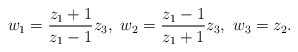
\begin{align*}w_1=\frac{z_1+1}{z_1-1}z_3,\ w_2=\frac{z_1-1}{z_1+1}z_3,\ w_3=z_2.\end{align*}